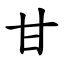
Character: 甘